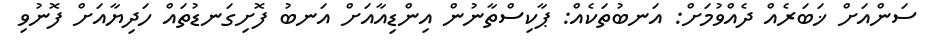
ސަންއަށް ޚަބަރެއް ދެއްވުމަށް: އަނބުތަކެއް: ޕާކިސްތާނުން އިންޑިއާއަށް އަނބު ފޮށިގަނޑުތައް ހަދިޔާއަށް ފޮނުވި